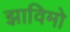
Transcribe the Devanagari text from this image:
झाविमो